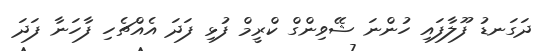
ދަގަނޑު ފޫލާފައި ހުންނަ ޝޭވިންގް ކްރީމް ފުޅި ފަދަ އެއްޗެހި ފާހަނާ ފަދަ